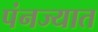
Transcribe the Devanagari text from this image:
पंनज्यात